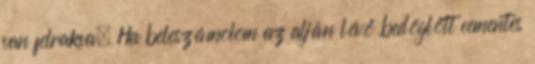
van felrakva. Ha beleszámolom az alján lévő bedöglött cementes